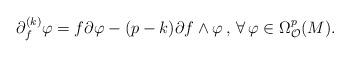
LaTeX: \begin{align*}\partial^{(k)}_f\varphi=f\partial\varphi-(p-k)\partial f\wedge\varphi\,,\,\forall\,\varphi\in\Omega_\mathcal{O}^p(M).\end{align*}